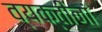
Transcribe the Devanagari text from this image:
व्यक्तीनां